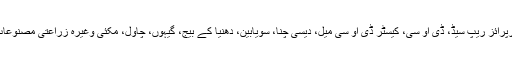
شاہ کے وکیل کے بیان میں کہا گیا ہے، ‘ٹیمپل انٹرپرائز ریپ سیڈ، ڈی او سی، کیسٹر ڈی او سی میل، دیسی چنا، سویابین، دھنیا کے بیج، گیہوں، چاول، مکئی وغیرہ زراعتی مصنوعات کے در آمدات اور برآمدات کا کاروبار کرتا ہے۔